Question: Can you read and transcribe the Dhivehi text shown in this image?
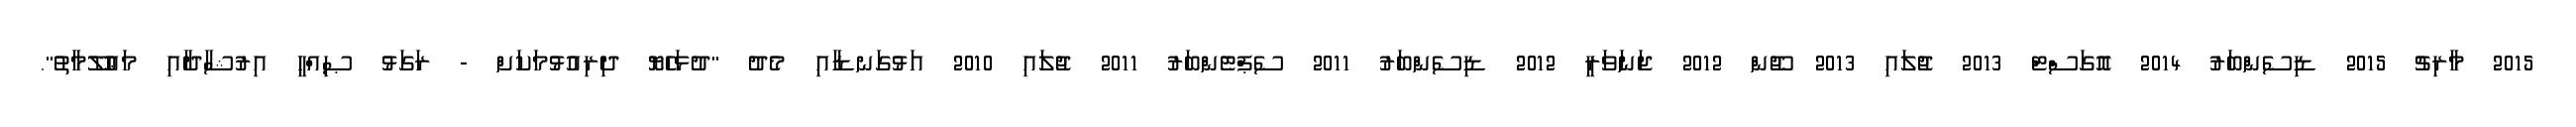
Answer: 2015 މާރިޗު 2015 ޑިސެންބަރު 2014 އޮގަސްޓް 2013 ޖުލައި 2013 ޖޫން 2012 ޖަނަވަރީ 2012 ޑިސެންބަރު 2011 ސެޕްޓެންބަރު 2011 ޖުލައި 2010 އަޅުގަނޑާއި މެދު "ދުޅަހެޔޮ ދިރިއުޅުމަކަށް - ރަގަޅު ޞިއްޙީ އިރުޝާދާއި މަޢުލޫމާތު".